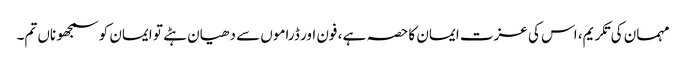
مہمان کی تکریم، اس کی عزت ایمان کا حصہ ہے ، فون اور ڈراموں سے دھیان ہٹے تو ایمان کو سمجھو ناں تم۔